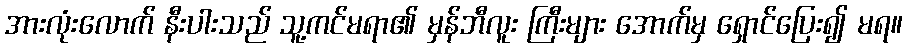
အားလုံးလောက် နီးပါးသည် သူ့ကင်မရာ၏ မှန်ဘီလူး ကြီးများ အောက်မှ ရှောင်ပြေး၍ မရ။